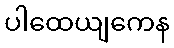
ပါထေယျကေန